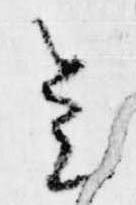
会